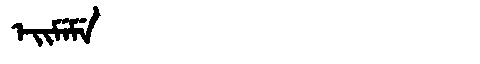
Manchu: ᡝᡳᠮᡝᠮᡝ
Romanization: EIMEME